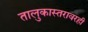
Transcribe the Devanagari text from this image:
तालुकास्तरावरही